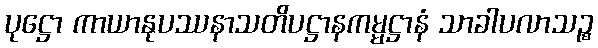
ပုဋ္ဌော ကာယာနုပဿနာသတိပဋ္ဌာနကမ္မဋ္ဌာနံ သာခါပလာသဉ္စ